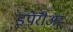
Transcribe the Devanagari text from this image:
इंपेरीअर